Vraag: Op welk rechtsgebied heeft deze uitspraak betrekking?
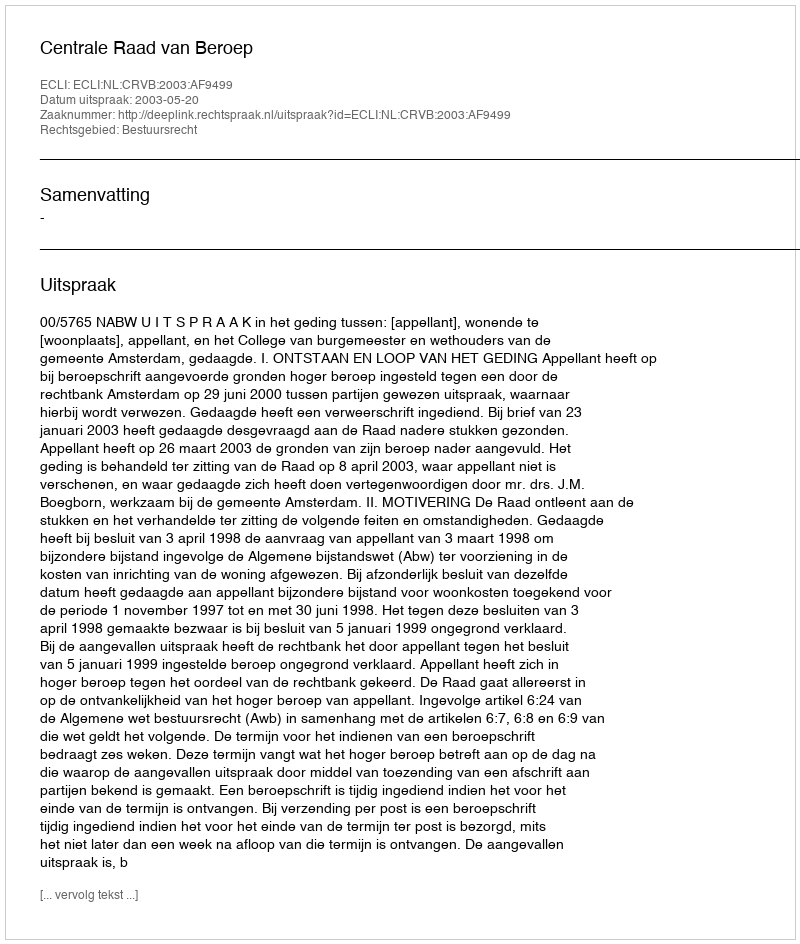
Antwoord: Bestuursrecht